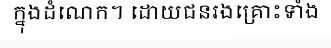
ក្នុងដំណេក។ ដោយជនរងគ្រោះទាំង